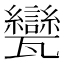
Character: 㽋